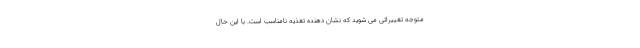
متوجه تغییراتی می شوید که نشان دهنده تغذیه نامناسب است. با این حال